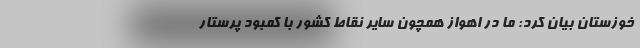
خوزستان بیان کرد: ما در اهواز همچون سایر نقاط کشور با کمبود پرستار